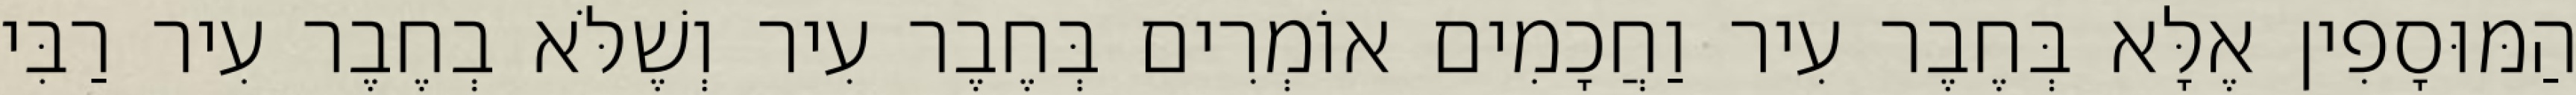
הַמּוּסָפִין אֶלָּא בְּחֶבֶר עִיר וַחֲכָמִים אוֹמְרִים בְּחֶבֶר עִיר וְשֶׁלֹּא בְחֶבֶר עִיר רַבִּי